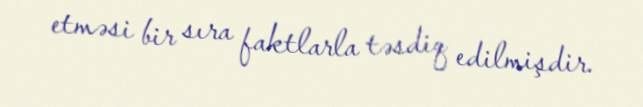
etməsi bir sıra faktlarla təsdiq edilmişdir.